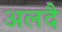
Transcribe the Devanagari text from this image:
अलदै